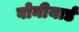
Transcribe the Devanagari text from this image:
बोनीयार्ड